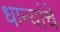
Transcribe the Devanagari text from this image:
धान्यांचे